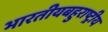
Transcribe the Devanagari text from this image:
भारतीयबहुराष्ट्रीय